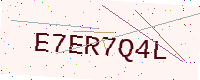
Text: E7ER7Q4L